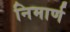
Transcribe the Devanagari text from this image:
निमार्ण